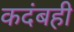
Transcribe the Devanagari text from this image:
कदंबही